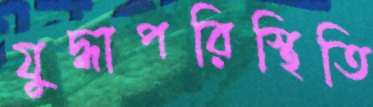
যুদ্ধাপরিস্থিতি